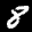
Label: 8